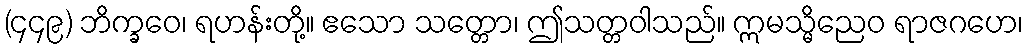
(၄၄၉) ဘိက္ခဝေ၊ ရဟန်းတို့။ ဧသော သတ္တော၊ ဤသတ္တဝါသည်။ ဣမသ္မိညေဝ ရာဇဂဟေ၊